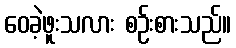
ဝေခဲ့ဖူးသလား စဉ်းစားသည်။